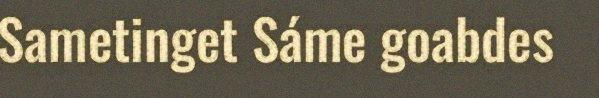
Sametinget Sáme goabdes